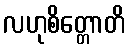
လဟုစိတ္တောတိ